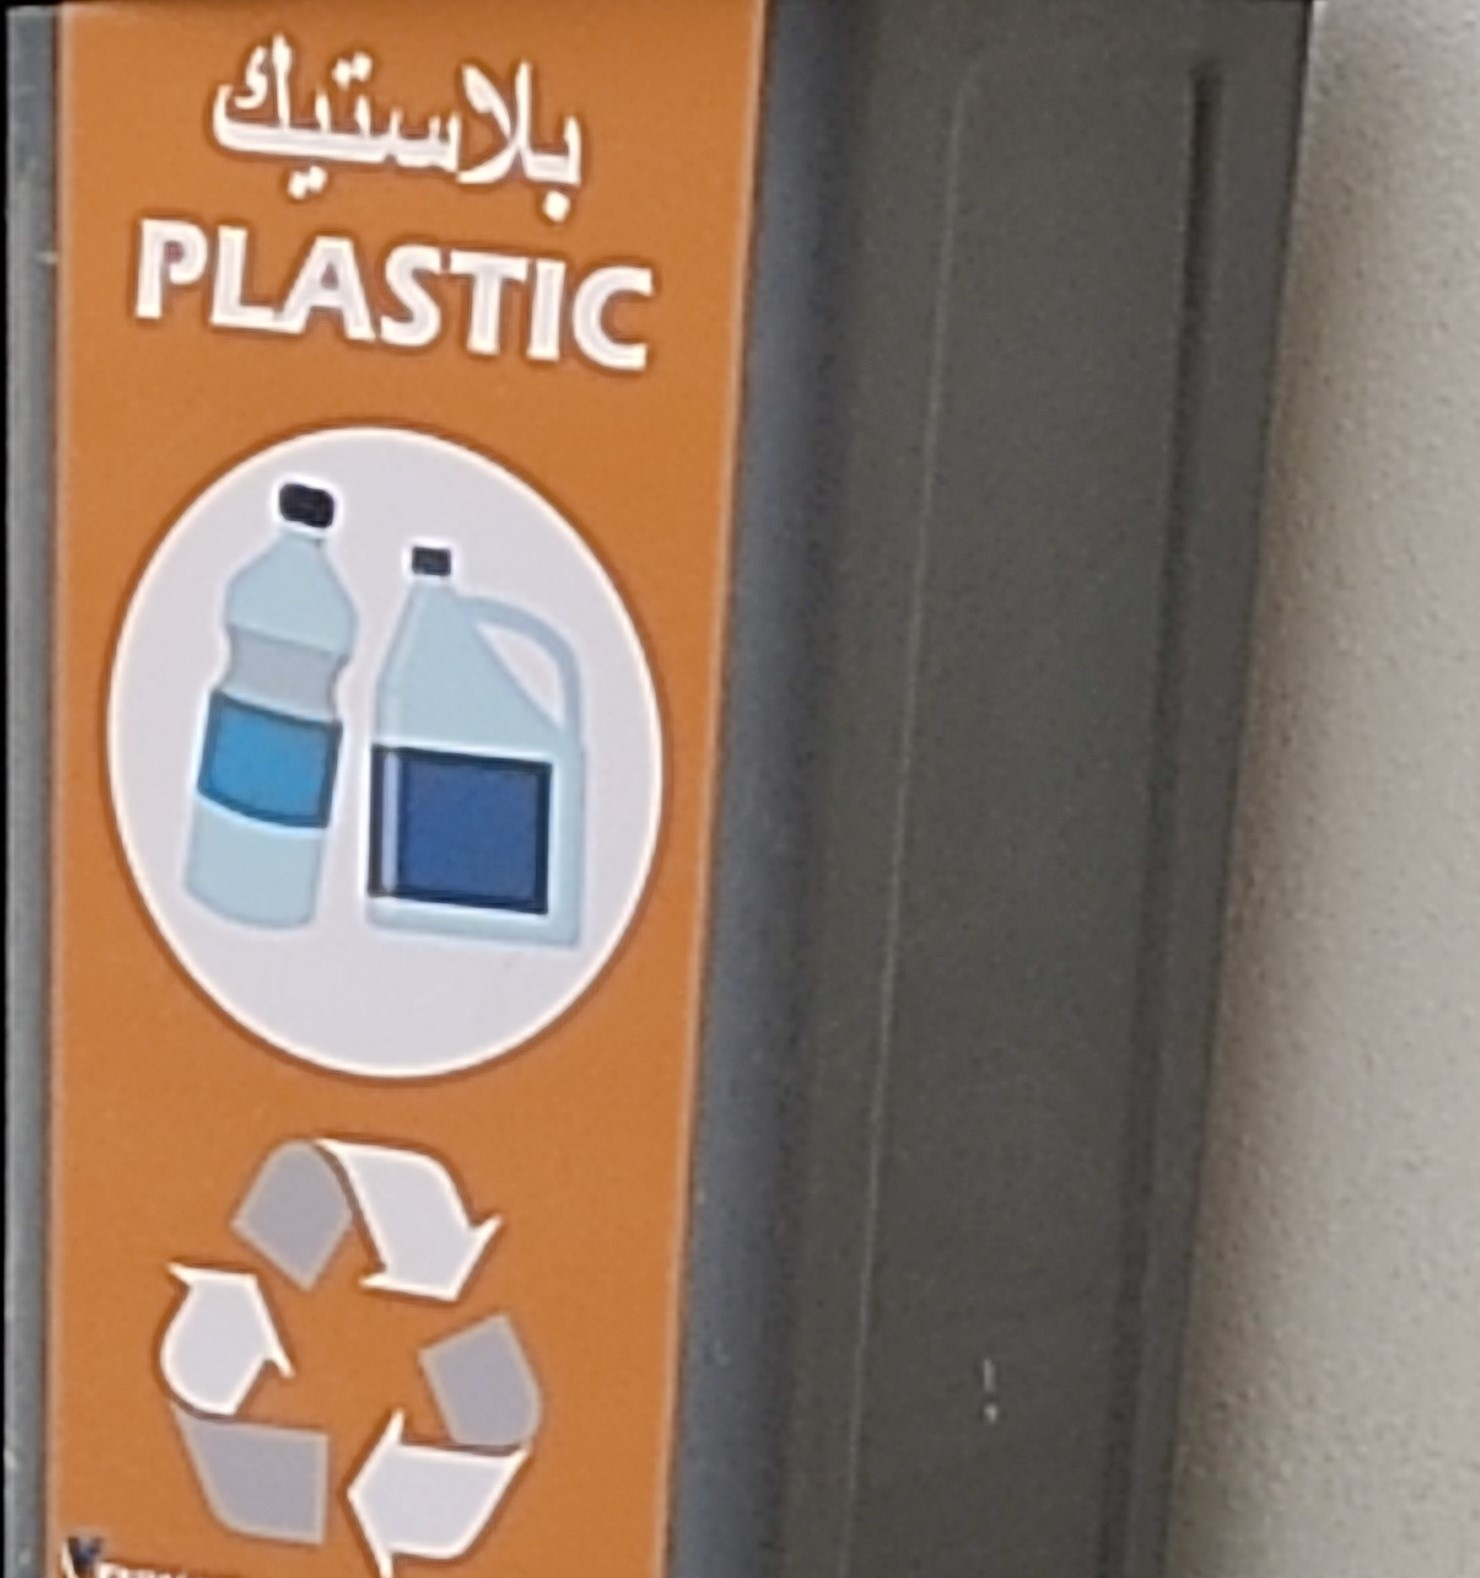
Text in image: بلاستيك PLASTIC